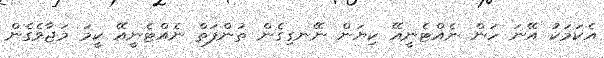
އެކަމަކު އޭނަ ހަން ނެއްޓެނީއޭ ކިޔަން ނޭނގިގެން ތުންފަތް ނެއްޓެނީއޭ ކީމަ މަޖާވެގެން